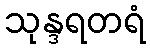
သုန္ဒရတရံ